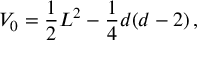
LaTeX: V _ { 0 } = \frac { 1 } { 2 } L ^ { 2 } - \frac { 1 } { 4 } d ( d - 2 ) \, ,